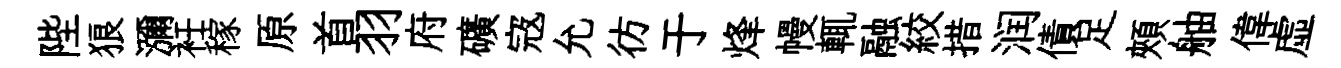
陛狼瀰衽稼原首羽府礦𡨥允彷于烽幔輒融絞措润債足頰舳偉虚